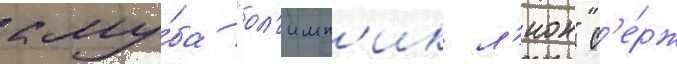
клу́ба "ол'имп'ик л'ион" с'е́рж